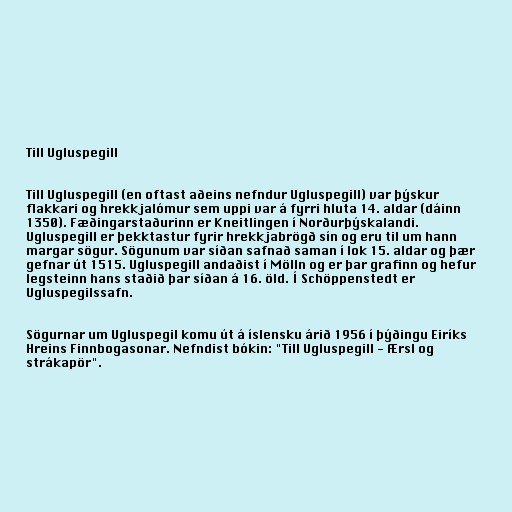
Till Ugluspegill

Till Ugluspegill (en oftast aðeins nefndur Ugluspegill) var þýskur
flakkari og hrekkjalómur sem uppi var á fyrri hluta 14. aldar (dáinn
1350). Fæðingarstaðurinn er Kneitlingen í Norðurþýskalandi.
Ugluspegill er þekktastur fyrir hrekkjabrögð sín og eru til um hann
margar sögur. Sögunum var síðan safnað saman í lok 15. aldar og þær
gefnar út 1515. Ugluspegill andaðist í Mölln og er þar grafinn og hefur
legsteinn hans staðið þar síðan á 16. öld. Í Schöppenstedt er
Ugluspegilssafn.

Sögurnar um Ugluspegil komu út á íslensku árið 1956 í þýðingu Eiríks
Hreins Finnbogasonar. Nefndist bókin: "Till Ugluspegill - Ærsl og
strákapör".